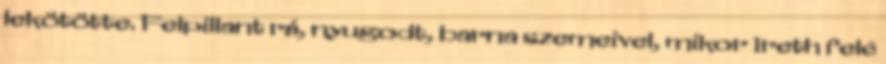
lekötötte. Felpillant rá, nyugodt, barna szemeivel, mikor Ireth felé